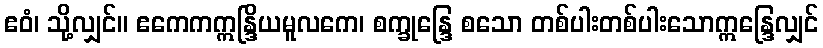
ဧဝံ၊ သို့လျှင်။ ဧကေကဣန္ဒြိယမူလကေ၊ စက္ခုန္ဒြေ စသော တစ်ပါးတစ်ပါးသောဣန္ဒြေလျှင်